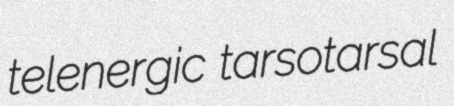
telenergic tarsotarsal